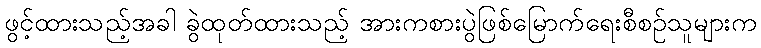
ဖွင့်ထားသည့်အခါ ခွဲထုတ်ထားသည့် အားကစားပွဲဖြစ်မြောက်ရေးစီစဉ်သူများက